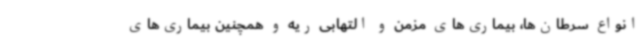
انواع سرطان‌ها، بیماری‌های مزمن و التهابی ریه و همچنین بیماری‌های